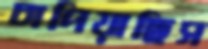
চাপিয়াছিস